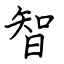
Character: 智